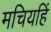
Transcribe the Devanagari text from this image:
मचियहिं